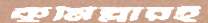
কুমিল্লারই